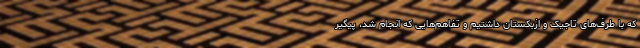
که با طرف‌های تاجیک و ازبکستان داشتیم و تفاهم‌هایی که انجام شد، پیگیر